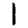
Digit: 1